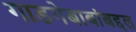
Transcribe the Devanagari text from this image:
गाडगेबाबांबद्दल